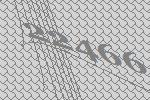
22466